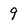
Character: 9